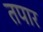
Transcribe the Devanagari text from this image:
तपार